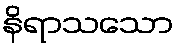
နိရာသသော